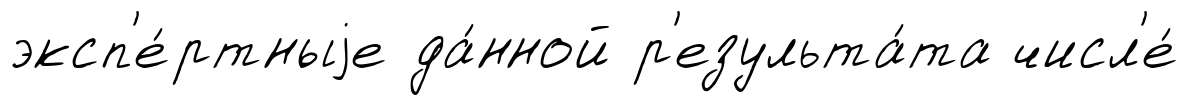
эксп'е́ртныjе да́нной р'езульта́та числ'е́